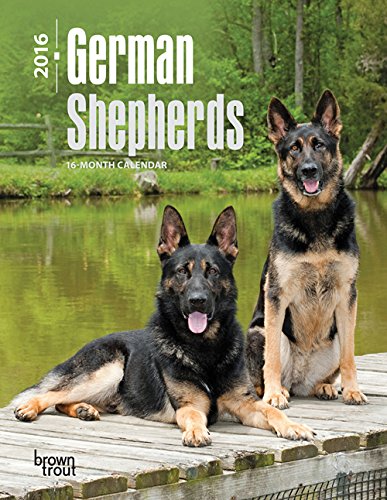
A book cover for German Shepherds 2016 Engagement; Browntrout Publishers; Calendars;